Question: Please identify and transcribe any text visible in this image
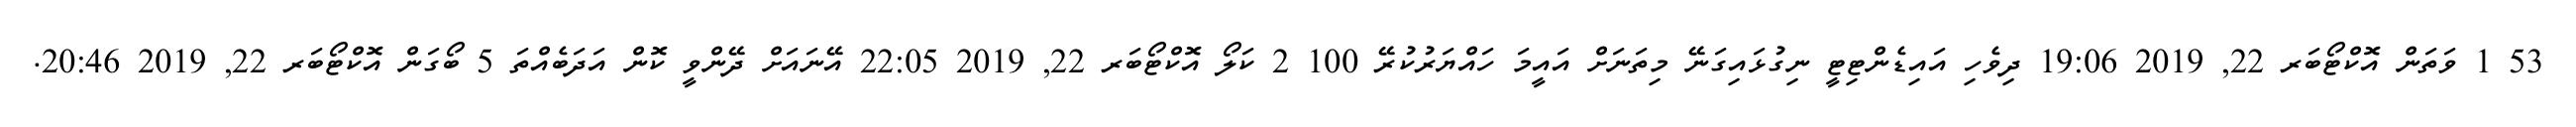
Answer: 53 1 ވަތަން އޮކްޓޯބަރ 22, 2019 19:06 ދިވެހި އައިޑެންޓިޓީ ނިގުޅައިގަނޭ މިތަނަށް އައީމަ ހައްޔަރުކުރޭ 100 2 ކަލޯ އޮކްޓޯބަރ 22, 2019 22:05 އޭނައަށް ދޭންވީ ކޮން އަދަބެއްތަ 5 ބޯގަން އޮކްޓޯބަރ 22, 2019 20:46.